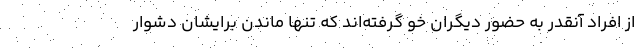
از افراد آنقدر به حضور دیگران خو گرفته‌اند که تنها ماندن برایشان دشوار